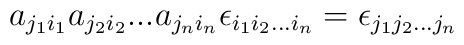
a_{j_1i_1} a_{j_2i_2} ...  a_{j_ni_n} \epsilon_{i_1 i_2 ...	i_n} = \epsilon_{j_1 j_2 ...  j_n}